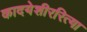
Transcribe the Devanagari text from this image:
कादयेशीररित्या